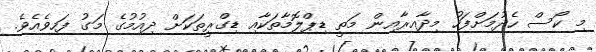
މި ކޯސް ހެދުމަށްފަހު މިދާއިރާއިން މަތީ ޑިޕްލޮމާތަކާއި ޑިގްރީތަކަށް ދިއުމުގެ މަގު ފަހިވެއެވެ.